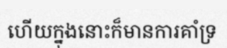
ហើយក្នុងនោះក៏មានការគាំទ្រ